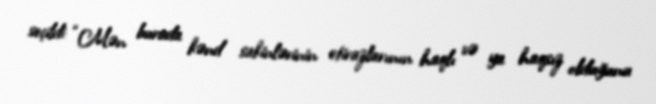
seçildi: “Mən burada kənd sakinlərinin etirazlarının haqlı və ya haqsız olduğunu